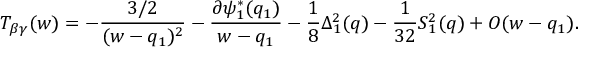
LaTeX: T _ { \beta \gamma } ( w ) = - { \frac { 3 / 2 } { ( w - q _ { 1 } ) ^ { 2 } } } - { \frac { \partial \psi _ { 1 } ^ { * } ( q _ { 1 } ) } { w - q _ { 1 } } } - { \frac { 1 } { 8 } } \Delta _ { 1 } ^ { 2 } ( q ) - { \frac { 1 } { 3 2 } } S _ { 1 } ^ { 2 } ( q ) + O ( w - q _ { 1 } ) .